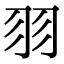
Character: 𦏲